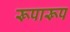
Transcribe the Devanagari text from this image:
रूपारूप